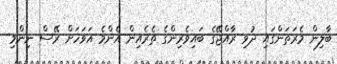
ބާލިން މެރަތަންގައި ދުވި ރާއްޖޭގެ ބައިވެރިންގެ ތެރެއިން އެންމެ އަވަހަށް ރޭސް ނިންމި